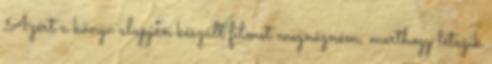
Azért a könyv alapján készült filmet megnézném, merthogy létezik